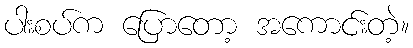
ပါးစပ်က ပြောတော့ အကောင်းတဲ့။